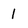
Character: l